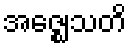
အဇ္ဈေသတိ